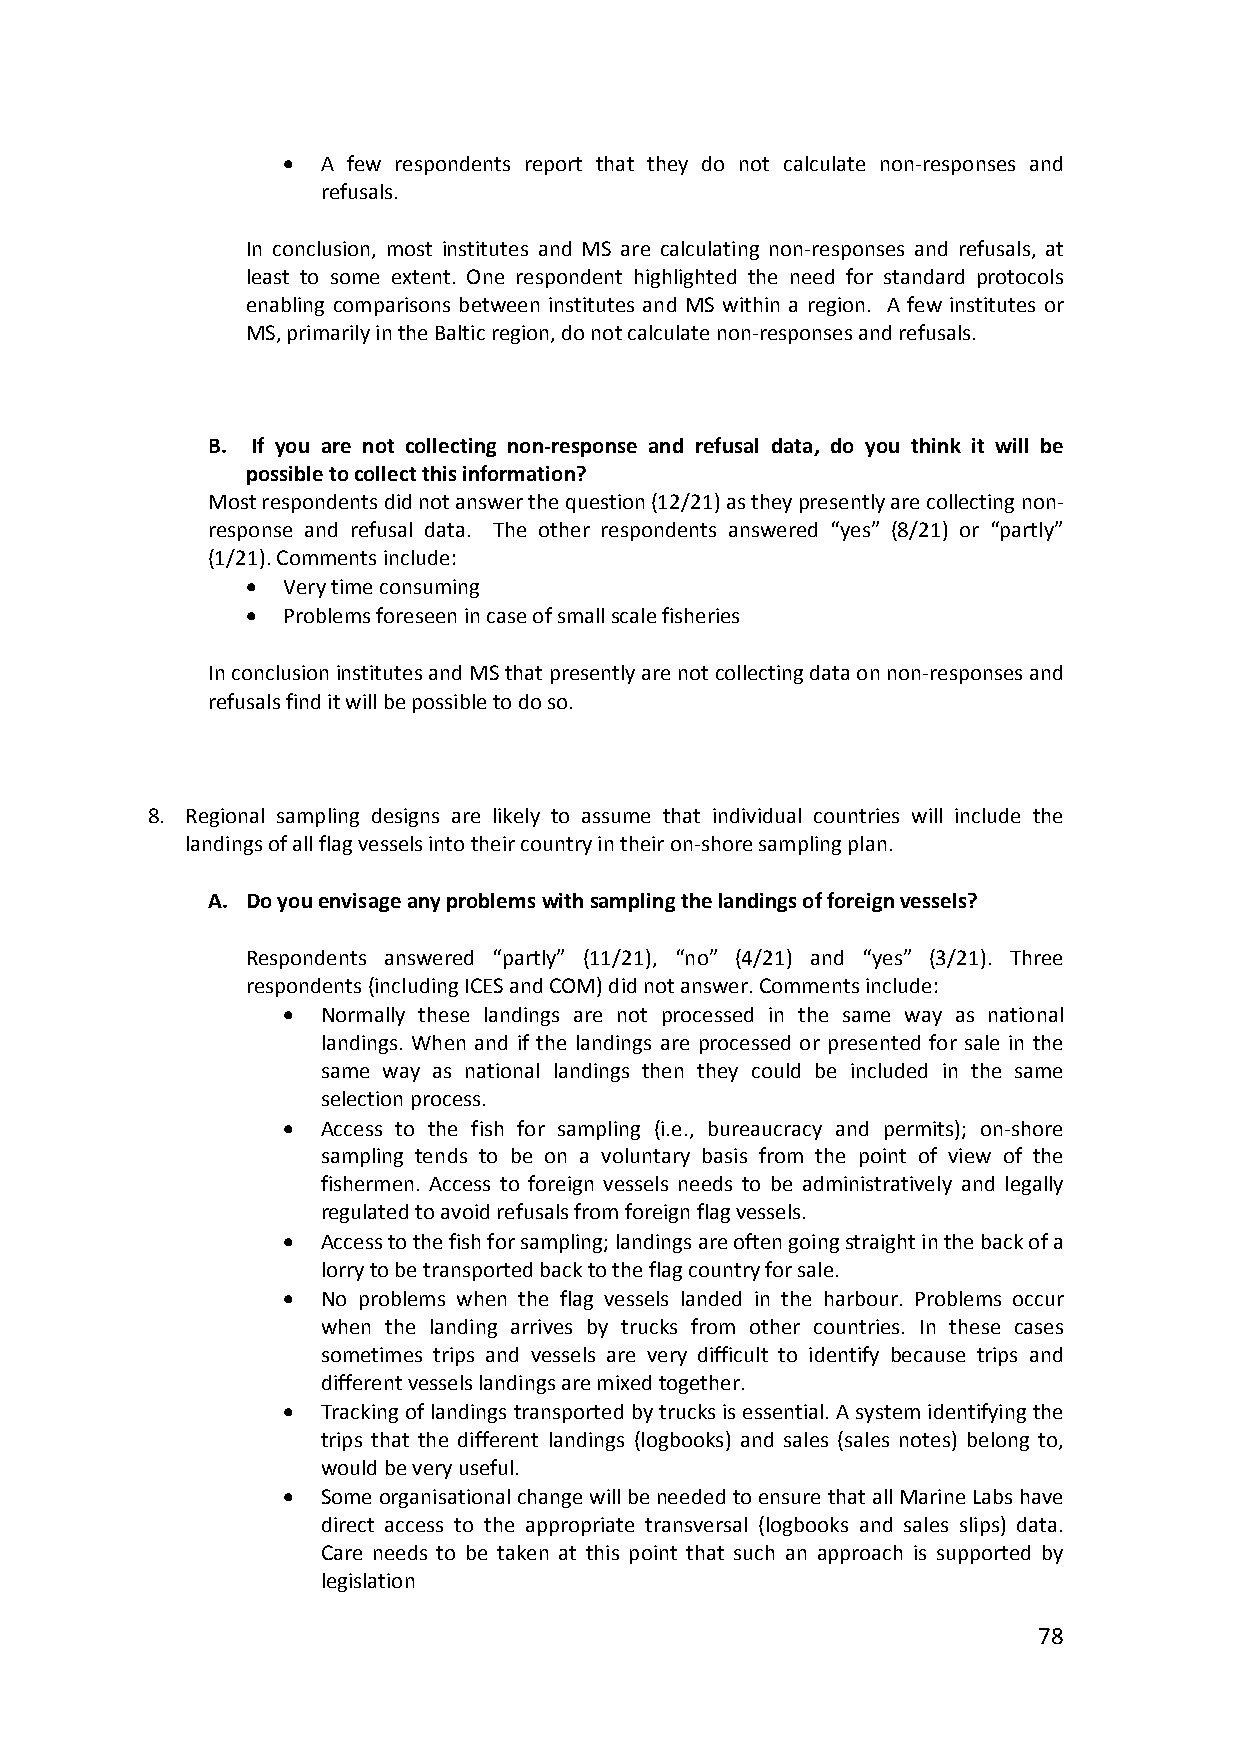
 A few respondents report that they do not calculate non‐responses and
 refusals.
 In conclusion, most institutes and MS are calculating non‐responses and refusals, at
 least to some extent. One respondent highlighted the need for standard protocols
 enabling comparisons between institutes and MS within a region. A few institutes or
 MS, primarily in the Baltic region, do not calculate non‐responses and refusals.
 B. If you are not collecting non‐response and refusal data, do you think it will be
 possible to collect this information?
 Most respondents did not answer the question (12/21) as they presently are collecting non‐
 response and refusal data. The other respondents answered “yes” (8/21) or “partly”
 (1/21). Comments include:
   Very time consuming
   Problems foreseen in case of small scale fisheries
 In conclusion institutes and MS that presently are not collecting data on non‐responses and
 refusals find it will be possible to do so.
 8. Regional sampling designs are likely to assume that individual countries will include the
 landings of all flag vessels into their country in their on‐shore sampling plan.
 A. Do you envisage any problems with sampling the landings of foreign vessels?
 Respondents answered “partly” (11/21), “no” (4/21) and “yes” (3/21). Three
 respondents (including ICES and COM) did not answer. Comments include:
  Normally these landings are not processed in the same way as national
 landings. When and if the landings are processed or presented for sale in the
 same way as national landings then they could be included in the same
 selection process.
  Access to the fish for sampling (i.e., bureaucracy and permits); on‐shore
 sampling tends to be on a voluntary basis from the point of view of the
 fishermen. Access to foreign vessels needs to be administratively and legally
 regulated to avoid refusals from foreign flag vessels.
  Access to the fish for sampling; landings are often going straight in the back of a
 lorry to be transported back to the flag country for sale.
  No problems when the flag vessels landed in the harbour. Problems occur
 when the landing arrives by trucks from other countries. In these cases
 sometimes trips and vessels are very difficult to identify because trips and
 different vessels landings are mixed together.
  Tracking of landings transported by trucks is essential. A system identifying the
 trips that the different landings (logbooks) and sales (sales notes) belong to,
 would be very useful.
  Some organisational change will be needed to ensure that all Marine Labs have
 direct access to the appropriate transversal (logbooks and sales slips) data.
 Care needs to be taken at this point that such an approach is supported by
 legislation
 78